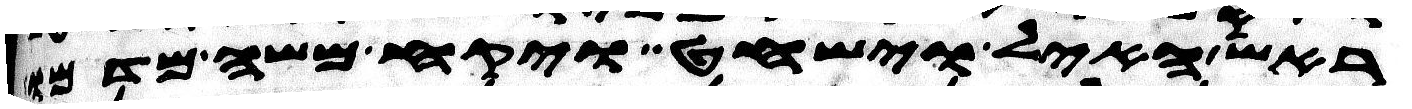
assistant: ראש האיל וישחט ויקח משה מדמו